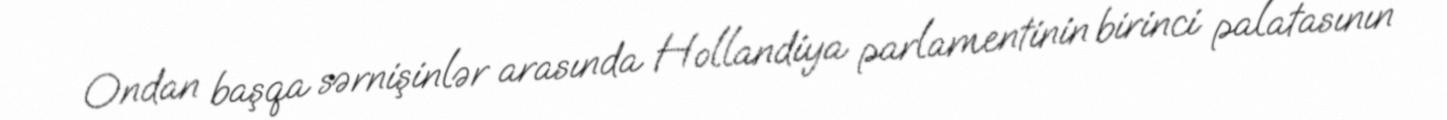
Ondan başqa sərnişinlər arasında Hollandiya parlamentinin birinci palatasının